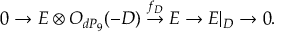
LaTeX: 0 \rightarrow E \otimes { \cal O } _ { d P _ { 9 } } ( - D ) \stackrel { f _ { D } } { \rightarrow } E \rightarrow E | _ { D } \rightarrow 0 .